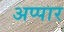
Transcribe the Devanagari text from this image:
अप्पार